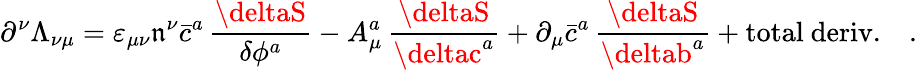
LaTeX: \partial^{\nu}\Lambda_{\nu\mu}=\varepsilon_{\mu\nu}\mathfrak{n}^{\nu}\bar{{c}}^{a}\, \frac{{\deltaS}}{{\delta\phi^{a}}}-A_{\mu}^{a}\, \frac{{\deltaS}}{{\deltac^{a}}}+\partial_{\mu}\bar{{c}}^{a}\, \frac{{\deltaS}}{{\deltab^{a}}}+\mathrm{{total~deriv.}}\quad.